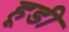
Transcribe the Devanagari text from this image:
हूडी